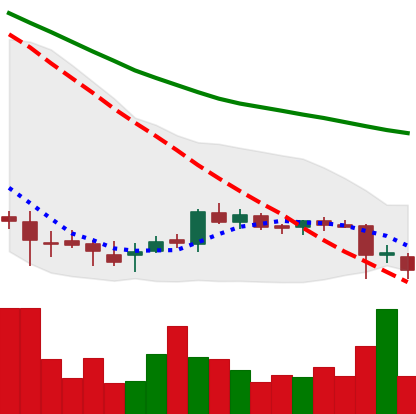
Ticker: DOGE-USD
Chart end date: 2018-07-12
Forward return: 39.983%
Label: up_7plus